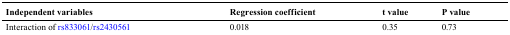
| Independent variables | Regression coefficient | t value | P value |
 | --- | --- | --- | --- |
 | Interaction of rs833061/rs2430561 | 0.018 | 0.35 | 0.73 |